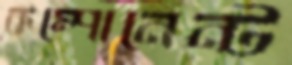
কম্পোনেন্ট